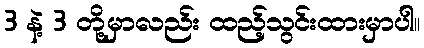
3 နဲ့ 3 တို့မှာလည်း ထည့်သွင်းထားမှာပါ။